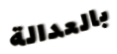
بالعدالة